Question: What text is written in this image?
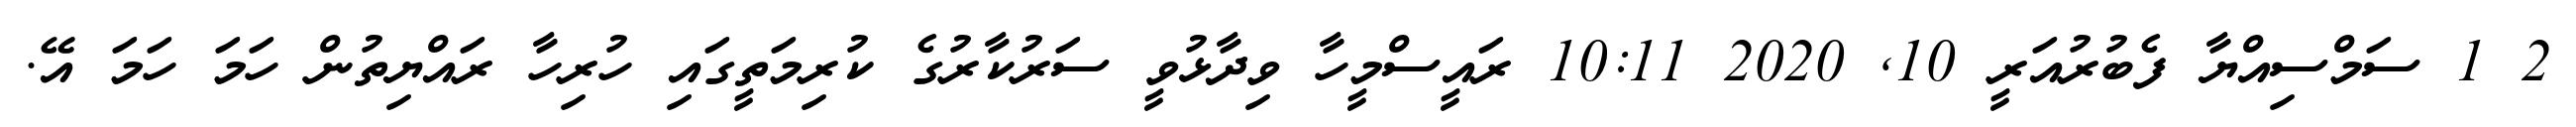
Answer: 2 1 ސަމްސިއްޔާ ފެބުރުއަރީ 10, 2020 10:11 ރައީސްމީހާ ވިދާޅުވީ ސަރުކާރުގެ ކުރިމަތީގައި ހުރިހާ ރައްޔިތުން ހަމަ ހަމަ އޭ.